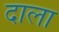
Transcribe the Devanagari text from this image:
दाला